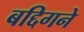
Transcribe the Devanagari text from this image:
बद्दिगने